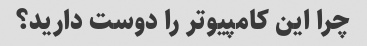
چرا این کامپیوتر را دوست دارید؟